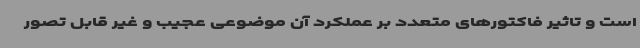
است و تاثیر فاکتورهای متعدد بر عملکرد آن موضوعی عجیب و غیر قابل تصور